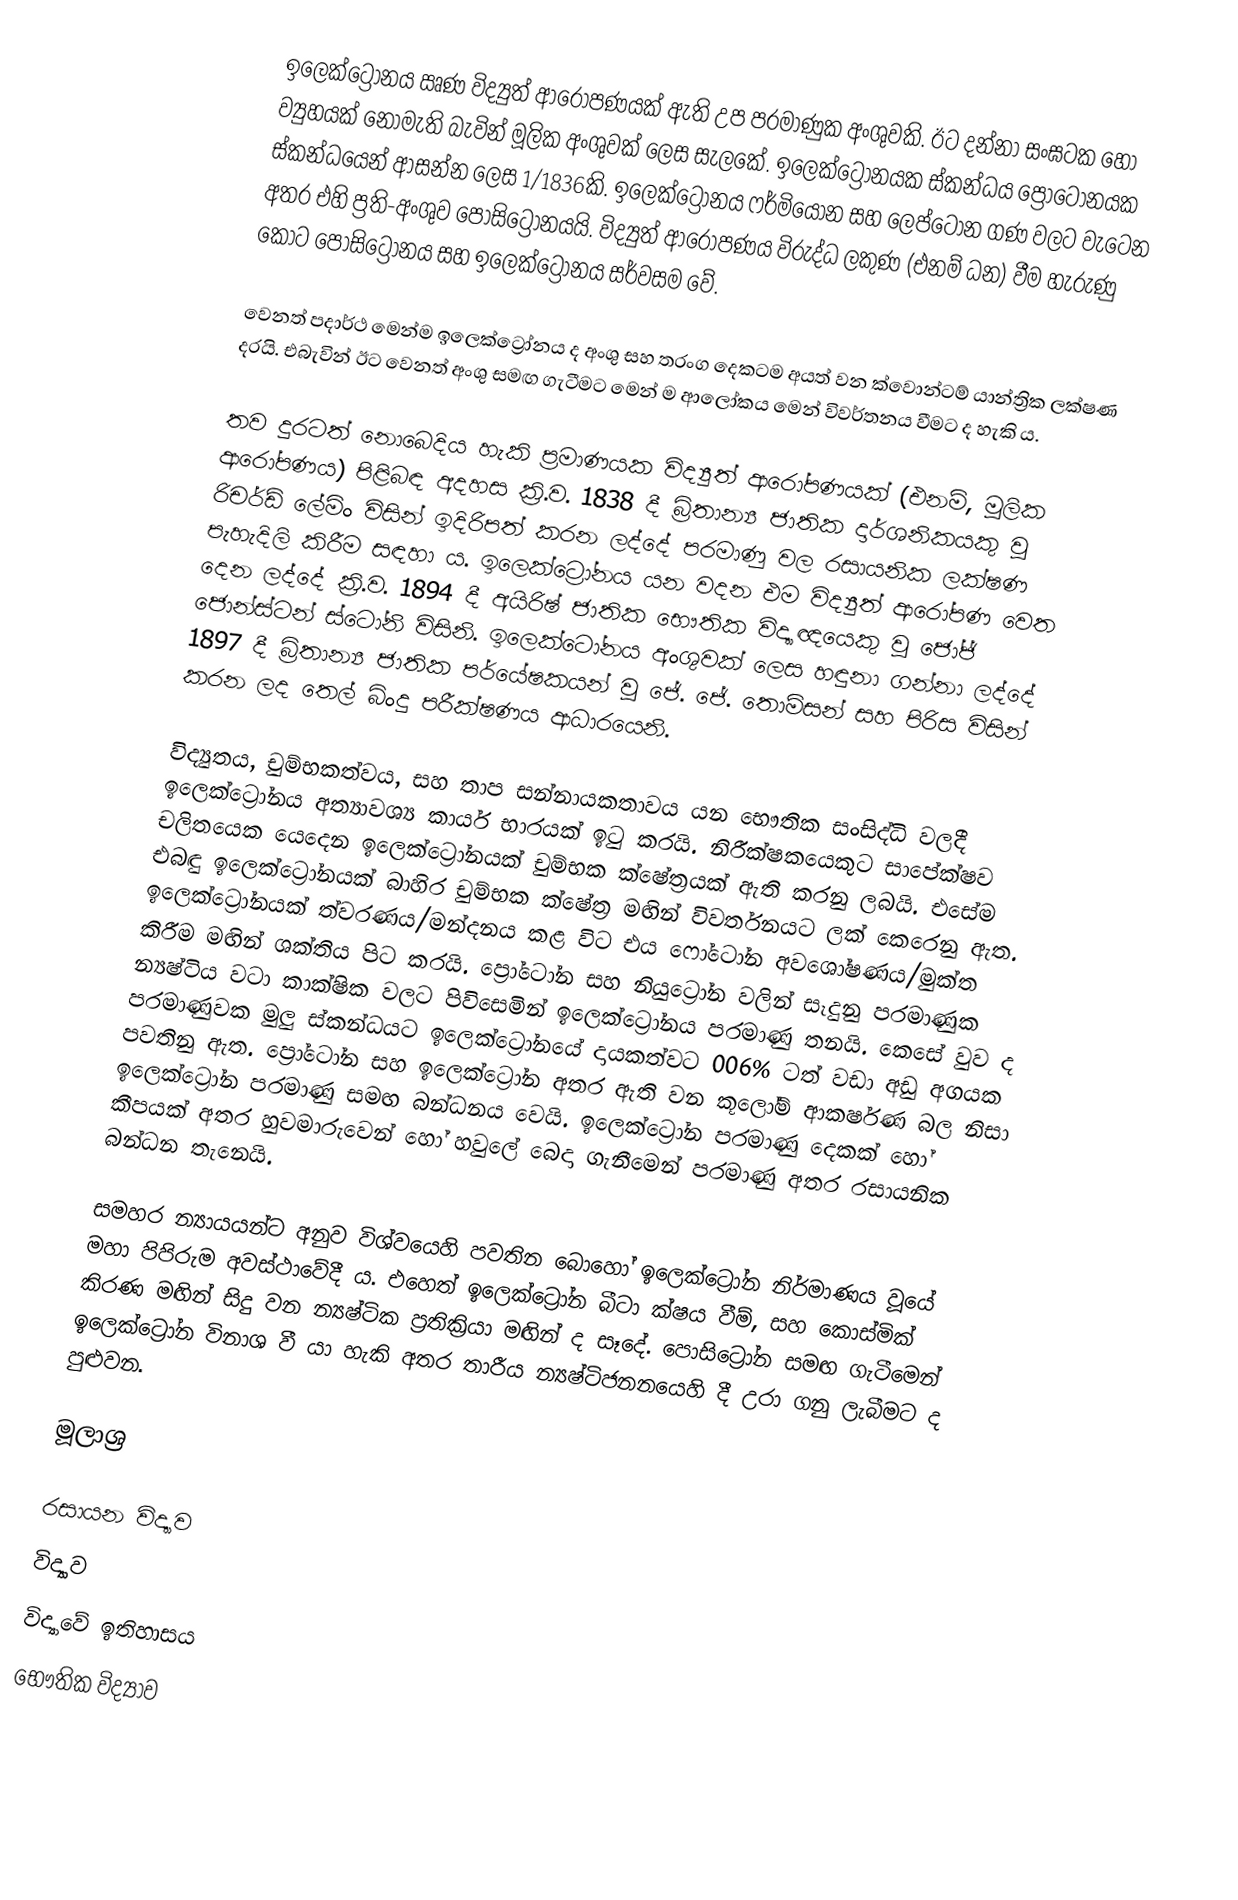
ඉලෙක්ට්‍රෝනය ඍණ විද්‍යුත් ආරෝපණයක් ඇති උප පරමාණුක අංශුවකි. ඊට දන්නා සංඝටක හෝ ව්‍යුහයක් නොමැති  බැවින් මූලික අංශුවක් ලෙස සැලකේ. ඉලෙක්ට්‍රෝනයක ස්කන්ධය ප්‍රෝටෝනයක ස්කන්ධයෙන් ආසන්න ලෙස 1/1836කි. ඉලෙක්ට්‍රෝනය ෆර්මියෝන සහ ලෙප්ටෝන ගණ වලට වැටෙන අතර එහි ප්‍රති-අංශුව පොසිට්‍රෝනයයි. විද්‍යුත් ආරෝපණය විරුද්ධ ලකුණ (එනම් ධන) වීම හැරුණු කොට පොසිට්‍රෝනය සහ ඉලෙක්ට්‍රෝනය සර්වසම වේ.

වෙනත් පදාර්ථ මෙන්ම ඉලෙක්ට්‍රෝනය ද අංශු සහ තරංග දෙකටම අයත් වන ක්වොන්ටම් යාන්ත්‍රික ලක්ෂණ දරයි. එබැවින් ඊට වෙනත් අංශු සමඟ ගැටීමට මෙන් ම ආලෝකය මෙන් විවර්තනය වීමට ද හැකි ය.

තව දුරටත් නොබෙදිය හැකි ප්‍රමාණයක විද්‍යුත් ආරෝපණයක් (එනම්, මූලික ආරෝපණය) පිළිබඳ අදහස ක්‍රි.ව. 1838 දී බ්‍රිතාන්‍ය ජාතික දාර්ශනිකයකු වූ රිචර්ඩ් ලේමිං විසින් ඉදිරිපත් කරන ලද්දේ පරමාණු වල රසායනික ලක්ෂණ පැහැදිලි කිරීම සඳහා ය.  ඉලෙක්ට්‍රෝනය යන වදන එම විද්‍යුත් ආරෝපණ වෙත දෙන ලද්දේ ක්‍රි.ව. 1894 දී අයිරිෂ් ජාතික භෞතික විද්‍යාඥයෙකු වූ ජෝජ් ජොන්ස්ටන් ස්ටෝනි විසිනි. ඉලෙක්ටෝනය අංශුවක් ලෙස හඳුනා ගන්නා ලද්දේ 1897 දී බ්‍රිතාන්‍ය ජාතික පර්යේෂකයන් වූ ජේ. ජේ. තොම්සන් සහ පිරිස විසින් කරන ලද තෙල් බිංදු පරීක්ෂණය ආධාරයෙනි.

විද්‍යුතය, චුම්භකත්වය, සහ තාප සන්නායකතාවය යන භෞතික සංසිද්ධි වලදී ඉලෙක්ට්‍රෝනය අත්‍යාවශ්‍ය කාර්ය භාරයක් ඉටු කරයි. නිරීක්ෂකයෙකුට සාපේක්ෂව චලිතයෙක යෙදෙන ඉලෙක්ට්‍රෝනයක් චුම්භක ‍ක්ෂේත්‍රයක් ඇති කරනු ලබයි. එසේම එබඳු ඉලෙක්ට්‍රෝනයක් බාහිර චුම්භක ක්ෂේත්‍ර මඟින් විවර්තනයට ලක් කෙරෙනු ඇත. ඉලෙක්ට්‍රෝනයක් ත්වරණය/මන්දනය කළ විට එය ෆෝටෝන අවශෝෂණය/මුක්ත කිරීම මඟින් ශක්තිය පිට කරයි. ප්‍රෝටෝන සහ නියුට්‍රෝන වලින් සෑදුනු පරමාණුක න්‍යෂ්ටිය වටා කාක්ෂික වලට පිවිසෙමින් ඉලෙක්ට්‍රෝනය පරමාණු තනයි. කෙසේ වුව ද පරමාණුවක මුලු ස්කන්ධයට ඉලෙක්ට්‍රෝනයේ දායකත්වට 006% ටත් වඩා අඩු අගයක පවතිනු ඇත. ප්‍රෝටෝන සහ ඉලෙක්ට්‍රෝන අතර ඇති වන කූලෝම් ආකර්ෂණ බල නිසා ඉලෙක්ට්‍රෝන පරමාණු සමඟ බන්ධනය වෙයි. ඉලෙක්ට්‍රෝන පරමාණු දෙකක් හෝ කීපයක් අතර හුවමාරුවෙන් හෝ හවුලේ බෙදා ගැනීමෙන් පරමාණු අතර රසායනික බන්ධන තැනෙයි.

සමහර න්‍යායයන්ට අනුව විශ්වයෙහි පවතින බොහෝ ඉලෙක්ට්‍රෝන නිර්මාණය වූයේ මහා පිපිරුම අවස්ථාවේදී ය. එහෙත් ඉලෙක්ට්‍රෝන බීටා ක්ෂය වීම්, සහ කොස්මික් කිරණ මඟින් සිදු වන න්‍යෂ්ටික ප්‍රතික්‍රියා මඟින් ද සෑදේ. පොසිට්‍රෝන සමඟ ගැටීමෙන් ඉලෙක්ට්‍රෝන විනාශ වී යා හැකි අතර තාරීය න්‍යෂ්ටිජනනයෙහි දී උරා ගනු ලැබීමට ද පුළුවන.

මූලාශ්‍ර

රසායන විද්‍යාව
විද්‍යාව
විද්‍යා‍වේ ඉතිහාසය
භෞතික විද්‍යාව